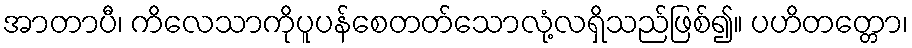
အာတာပီ၊ ကိလေသာကိုပူပန်စေတတ်သောလုံ့လရှိသည်ဖြစ်၍။ ပဟိတတ္တော၊